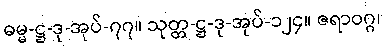
ဓမ္မ-ဋ္ဌ-ဒု-အုပ်-၇၇။ သုတ္တ-ဋ္ဌ-ဒု-အုပ်-၁၂၄။ ဇရာဝဂ္ဂ၊